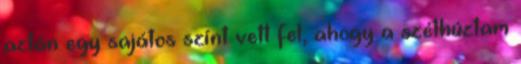
aztán egy sajátos színt vett fel, ahogy a széthúztam